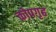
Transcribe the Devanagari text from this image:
कोपगृह